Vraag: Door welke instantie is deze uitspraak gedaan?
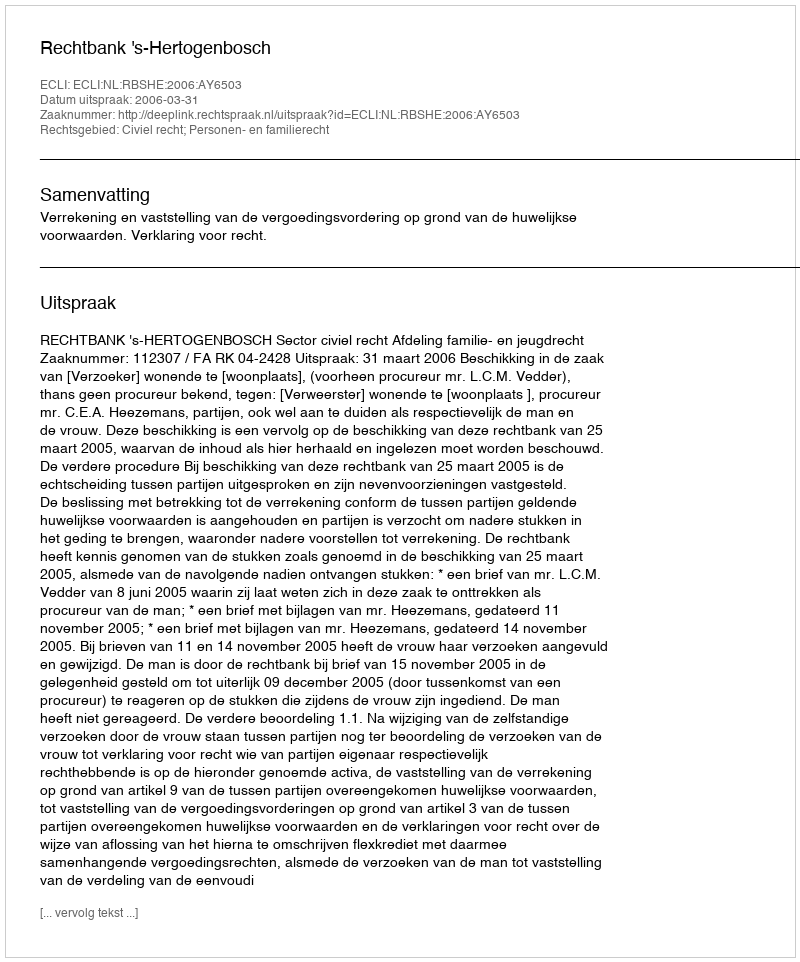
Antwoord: Rechtbank 's-Hertogenbosch